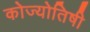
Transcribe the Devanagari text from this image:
कोज्योतिषी